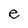
Character: e